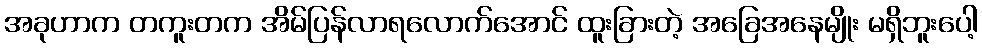
အခုဟာက တကူးတက အိမ်ပြန်လာရလောက်အောင် ထူးခြားတဲ့ အခြေအနေမျိုး မရှိဘူးပေါ့